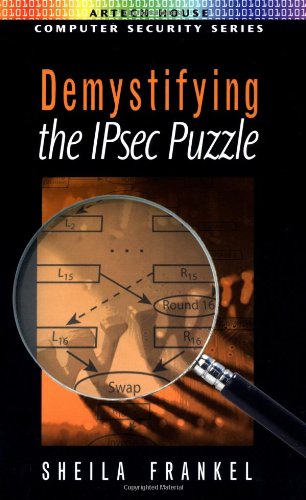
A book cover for Demystifying the IPsec Puzzle (Artech House Computer Security Series); Sheila Frankel; Computers & Technology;